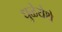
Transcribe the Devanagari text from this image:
धुळेयेथे